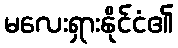
မလေးရှားနိုင်ငံ၏